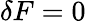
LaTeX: \delta F=0